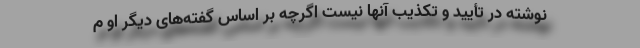
نوشته در تأیید و تکذیب آنها نیست اگرچه بر اساس گفته‌های دیگر او م